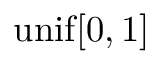
\mathrm { u n i f } [ 0 , 1 ]